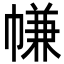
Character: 㡘